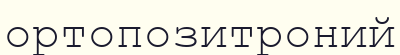
ортопозитроний